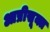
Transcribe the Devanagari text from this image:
आप्रीसूक्त